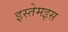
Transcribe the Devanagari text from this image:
इस्तेमइस